Vital statistics of India. Vol. VI, European troops 1870-79
Year: 1870
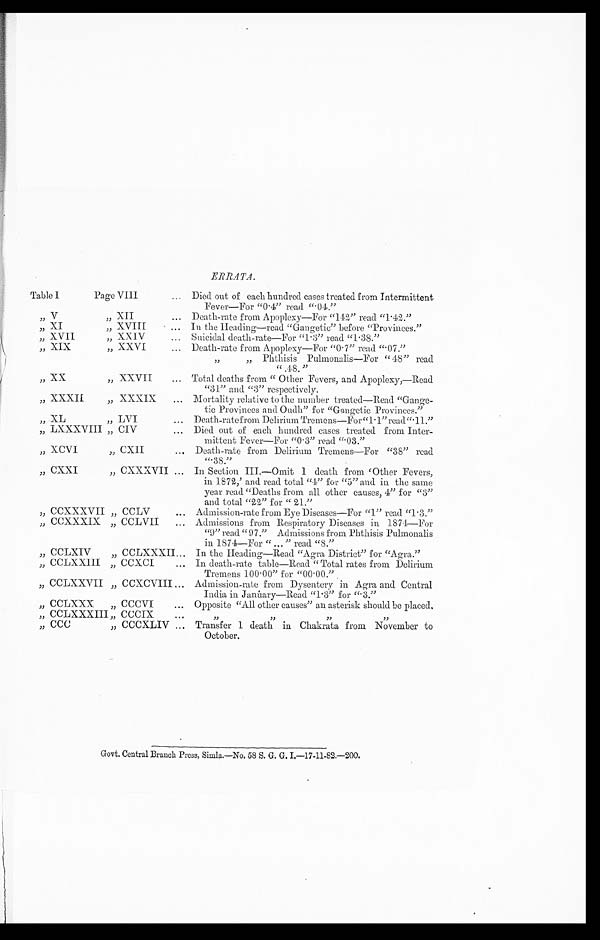
ERRATA.
Table I
P a g e V I I I Died out of each hundred cases treated from Intermittent
Fever—For "0.4" read ".04."
„ V
„ XII
Death-rate from Apoplexy—For "142" read "1.42."
„
XI
„ XVIII
In the Heading—read "Gangetic" before "Provinces."
„ XVII
„ XXIV
Suicidal death-rate—For "1.3" read "1.38."
„ XIX
„ XXVI
Death-rate from Apoplexy—For "0.7" read ".07."
„ „ Phthisis Pulmonalis—For "48" read
".48."
„ XX
„ XXVII
Total deaths from "Other Fevers, and Apoplexy,—Read
"31" and "3" respectively.
„ XXXII
„ XXXIX
Mortality relative to the number treated—Read "Gange-
tic Provinces and Oudh" for "Gangetic Provinces."
„ XL
„ LVI
Death-rate from Delirium Tremens—For "1.1" read ".11."
„ LXXXVIII „ CIV
Died out of each hundred cases treated from Inter-
mittent Fever—For "0.3" read ".03."
„ XCVI
„ CXII
Death-rate from Delirium Tremens—For "38" read
".38"
„ CXXI
„ CXXXVII
In Section III.—Omit 1 death from 'Other Fevers,
in 1872,' and read total "4" for "5" and in the same
year read "Deaths from all other causes, 4" for "3"
and total "22" for "21."
„ CCXXXVII „ CCLV
Admission-rate from Eye Diseases—For "1" read "1.3."
„ CCXXXIX „ CCLVII
Admissions from Respiratory Diseases in 1874—For
"9" read "97." Admissions from Phthisis Pulmonalis
in 1874—For "..." read "8."
„ CCLXIV
„ CCLXXXII
In the Heading—Read "Agra District" for "Agra."
„ CCLXXIII „ CCXCI
In death-rate table—Read "Total rates from Delirium
Tremens 100.00" for "00.00."
„ CCLXXVII „ CCXCVIII
Admission-rate from Dysentery in Agra and Central
India in January—Read "1.3" for ".3."
„ CCLXXX „ CCCVI
Opposite "All other causes" an asterisk should be placed.
„ CCLXXXIII „ CCCIX
„ „ „ „
„ CCC
„ CCCXLIV
Transfer 1 death in Chakrata from November to
October.
Govt. Central Branch Press, Simla.—No, 58 S. G. G. L—17-11-82.—200.